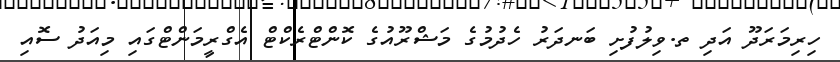
ހިރިމަރަދޫ އަދި ތ.ވިލުފުށި ބަނދަރު ހެދުމުގެ މަޝްރޫއުގެ ކޮންޓްރެކްޓް އެގްރީމަންޓްގައި މިއަދު ސޮއި